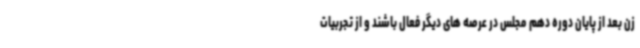
زن بعد از پایان دوره دهم مجلس در عرصه های دیگر فعال باشند و از تجربیات